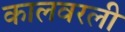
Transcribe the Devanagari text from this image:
कालवरली